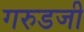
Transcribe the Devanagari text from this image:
गरुडजी